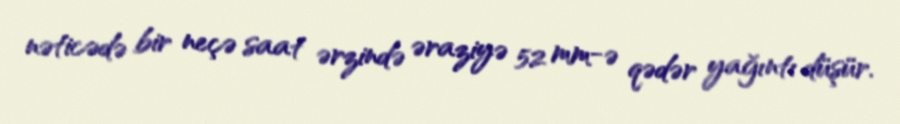
nəticədə bir neçə saat ərzində əraziyə 52 mm-ə qədər yağıntı düşür.